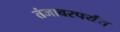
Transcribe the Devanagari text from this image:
तंजावरपर्यंत